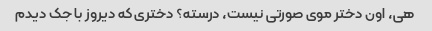
هی، اون دختر موی صورتی نیست، درسته؟ دختری که دیروز با جک دیدم